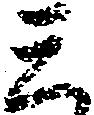
三